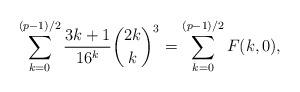
LaTeX: \begin{align*} \sum_{k=0}^{(p-1)/2}\frac{3k+1}{16^k}\binom{2k}k^3=\sum_{k=0}^{(p-1)/2}F(k,0),\end{align*}